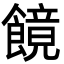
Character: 䭗